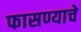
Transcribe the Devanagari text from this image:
फासण्याचे